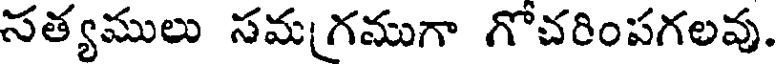
సత్యములు సమగముగా గోచరింపగలవు.